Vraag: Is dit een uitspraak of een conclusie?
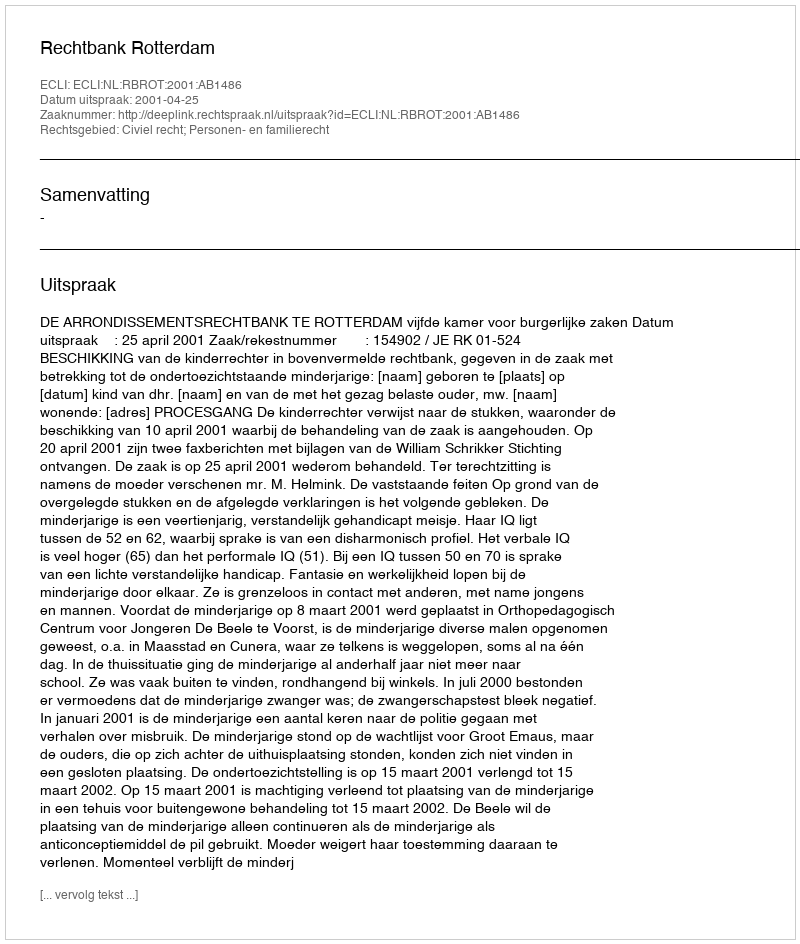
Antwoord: Uitspraak